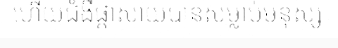
ហើយជំងឺផ្តាសាយបានសម្លាប់មនុស្ស